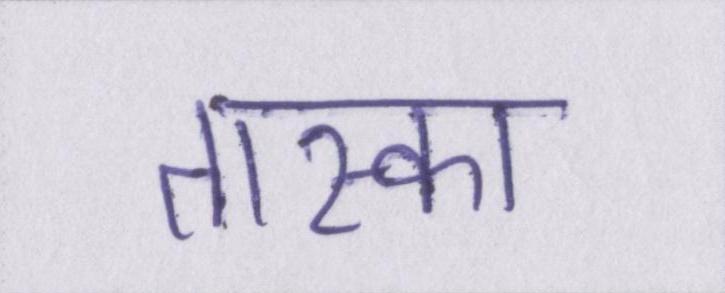
तास्का